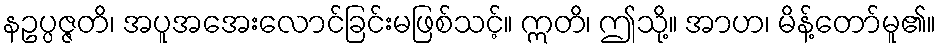
နဥပ္ပဇ္ဇတိ၊ အပူအအေးလောင်ခြင်းမဖြစ်သင့်။ ဣတိ၊ ဤသို့။ အာဟ၊ မိန့်တော်မူ၏။